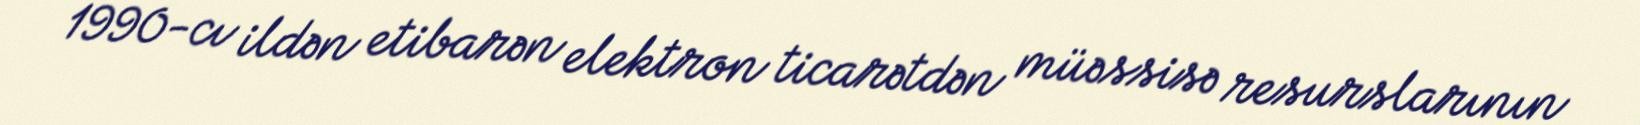
1990-cı ildən etibarən elektron ticarətdən müəssisə resurslarının